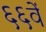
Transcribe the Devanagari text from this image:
६६वें